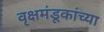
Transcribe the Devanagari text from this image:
वृक्षमंडूकांच्या